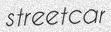
streetcar